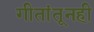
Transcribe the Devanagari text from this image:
गीतांतूनही